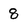
Character: 8